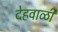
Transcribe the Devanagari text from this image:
देहवाळी